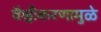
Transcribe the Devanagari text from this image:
वैश्वीकरणामुळे